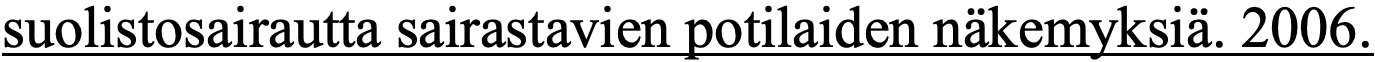
suolistosairautta sairastavien potilaiden näkemyksiä. 2006.